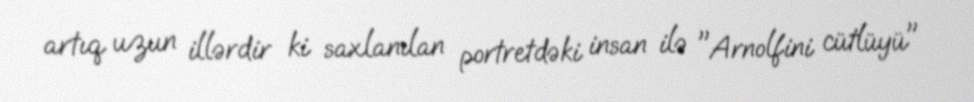
artıq uzun illərdir ki saxlanılan portretdəki insan ilə "Arnolfini cütlüyü"